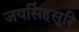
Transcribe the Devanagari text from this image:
जयसिंहसूरि